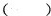
( )